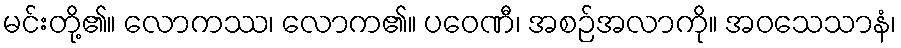
မင်းတို့၏။ လောကဿ၊ လောက၏။ ပဝေဏီ၊ အစဉ်အလာကို။ အဝသေသာနံ၊